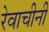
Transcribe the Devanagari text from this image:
रेवाचीनी